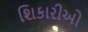
શિકારીઓ